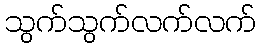
သွက်သွက်လက်လက်